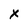
Character: x